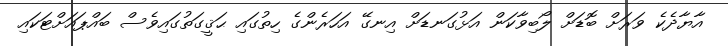
އާޔާދެކެ ވަރަށް ބޮޑަށް ލޯބިވާކަން އަޅުގަނޑަށް އިނގޭ އަހަރެންގެ ހިތުގައި ޙަޤީގަތުގައިވެސް ބައްޕައަށްޓަކައި